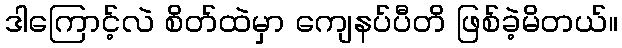
ဒါကြောင့်လဲ စိတ်ထဲမှာ ကျေနပ်ပီတိ ဖြစ်ခဲ့မိတယ်။